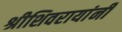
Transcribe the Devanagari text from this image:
श्रीशिवरायांनी